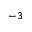
^ { - 3 }